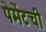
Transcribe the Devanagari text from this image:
पेमेंटची